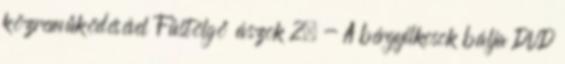
közreműködésével Füstölgő ászok 2. - A bérgyilkosok bálja DVD